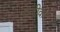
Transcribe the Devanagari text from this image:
गंजीवार